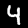
Digit: 4